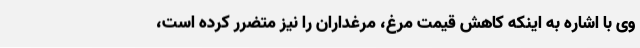
وی با اشاره به اینکه کاهش قیمت مرغ، مرغداران را نیز متضرر کرده است،